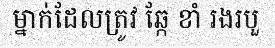
ម្នាក់ដែលត្រូវ ឆ្កែ ខាំ រងរបួ